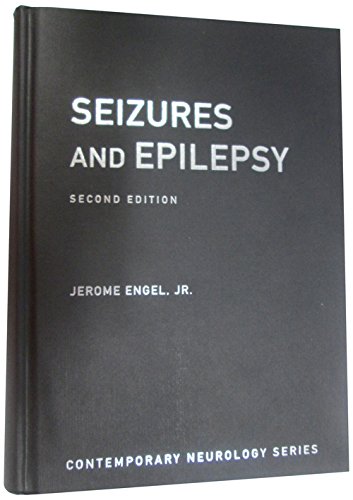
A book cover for Seizures and Epilepsy (Contemporary Neurology Series); Jerome Engel  Jr.; Health, Fitness & Dieting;